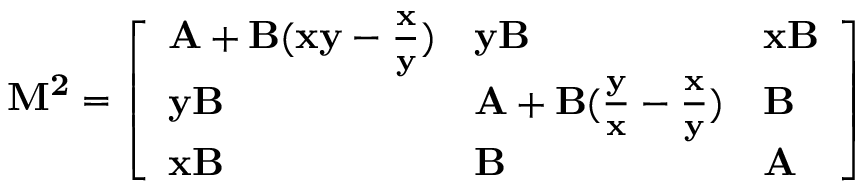
\mathbf { M ^ { 2 } } = { \left[ \begin{array} { l l l } { \mathbf { A } + \mathbf { B ( x y - { \frac { x } { y } } ) } } & { \mathbf { y B } } & { \mathbf { x B } } \\ { \mathbf { y B } } & { \mathbf { A + B ( { \frac { y } { x } } - { \frac { x } { y } } ) } } & { \mathbf { B } } \\ { \mathbf { x B } } & { \mathbf { B } } & { \mathbf { A } } \end{array} \right] }